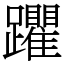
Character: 躣